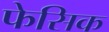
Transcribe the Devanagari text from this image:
फेसिक